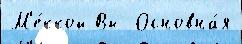
М'е́ккой Вы  Основна́я